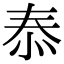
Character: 㤗